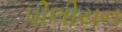
પીલીયન